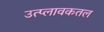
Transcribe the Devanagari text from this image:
उत्प्लावकतल